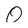
Character: 0